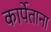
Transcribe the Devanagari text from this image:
कार्पेताना